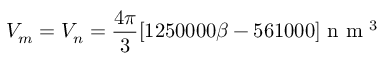
V _ { m } = V _ { n } = \frac { 4 \pi } { 3 } [ 1 2 5 0 0 0 0 \beta - 5 6 1 0 0 0 ] \mathrm { ~ n ~ m ~ } ^ { 3 }